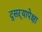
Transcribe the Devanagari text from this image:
दुसऱ्यापेक्षा